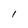
Character: 1